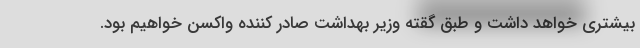
بیشتری خواهد داشت و طبق گقته وزیر بهداشت صادر کننده واکسن خواهیم بود.